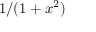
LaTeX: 1 / ( 1 + x ^ { 2 } )